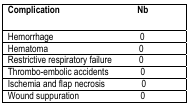
| Complication | Nb |
 | --- | --- |
 | Hemorrhage | 0 |
 | Hematoma | 0 |
 | Restrictive respiratory failure | 0 |
 | Thrombo-embolic accidents | 0 |
 | Ischemia and flap necrosis | 0 |
 | Wound suppuration | 0 |